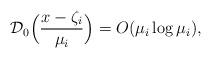
LaTeX: \begin{align*}\mathcal{D}_0\Bigl(\frac{x-\zeta_i}{\mu_i}\Bigr)=O(\mu_i\log \mu_i),\end{align*}